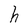
Character: h